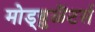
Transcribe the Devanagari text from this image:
मोड्य़ुळॆटर्स